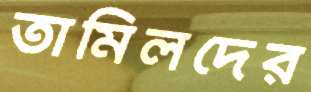
তামিলদের